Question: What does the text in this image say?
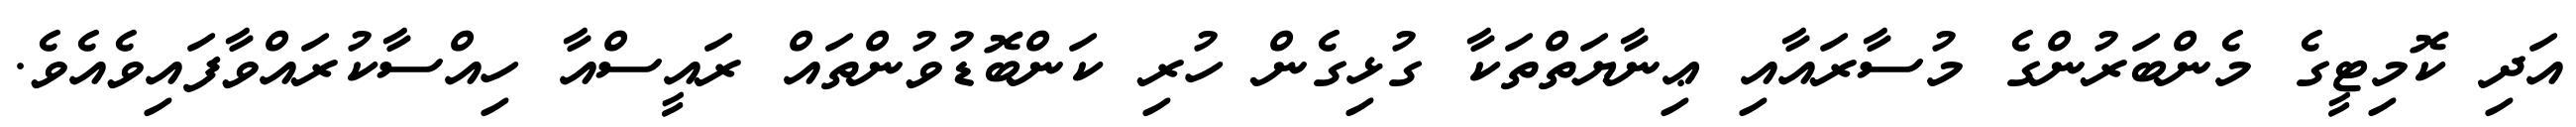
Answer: އަދި ކޮމިޓީގެ މެންބަރުންގެ މުސާރައާއި ޢިނާޔަތްތަކާ ގުޅިގެން ހުރި ކަންބޮޑުވުންތައް ރައީސްއާ ހިއްސާކުރައްވާފައިވެއެވެ.